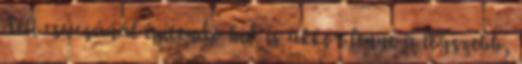
déli csúcsánál építendõ híd is akkor lenne a legszebb,